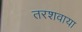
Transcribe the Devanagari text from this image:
तरशवाया